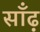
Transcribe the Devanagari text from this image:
साँढ़़